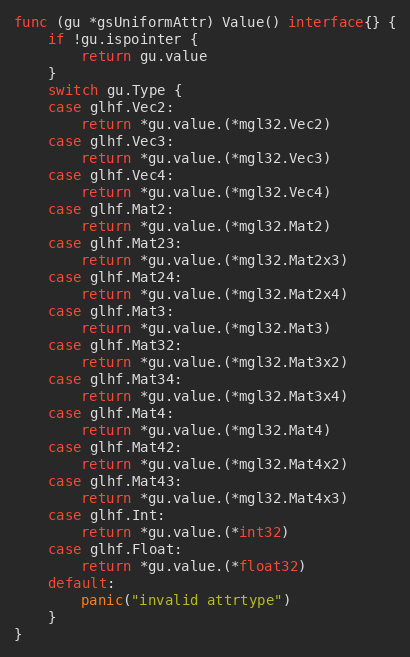
Language: Go
func (gu *gsUniformAttr) Value() interface{} {
	if !gu.ispointer {
		return gu.value
	}
	switch gu.Type {
	case glhf.Vec2:
		return *gu.value.(*mgl32.Vec2)
	case glhf.Vec3:
		return *gu.value.(*mgl32.Vec3)
	case glhf.Vec4:
		return *gu.value.(*mgl32.Vec4)
	case glhf.Mat2:
		return *gu.value.(*mgl32.Mat2)
	case glhf.Mat23:
		return *gu.value.(*mgl32.Mat2x3)
	case glhf.Mat24:
		return *gu.value.(*mgl32.Mat2x4)
	case glhf.Mat3:
		return *gu.value.(*mgl32.Mat3)
	case glhf.Mat32:
		return *gu.value.(*mgl32.Mat3x2)
	case glhf.Mat34:
		return *gu.value.(*mgl32.Mat3x4)
	case glhf.Mat4:
		return *gu.value.(*mgl32.Mat4)
	case glhf.Mat42:
		return *gu.value.(*mgl32.Mat4x2)
	case glhf.Mat43:
		return *gu.value.(*mgl32.Mat4x3)
	case glhf.Int:
		return *gu.value.(*int32)
	case glhf.Float:
		return *gu.value.(*float32)
	default:
		panic("invalid attrtype")
	}
}